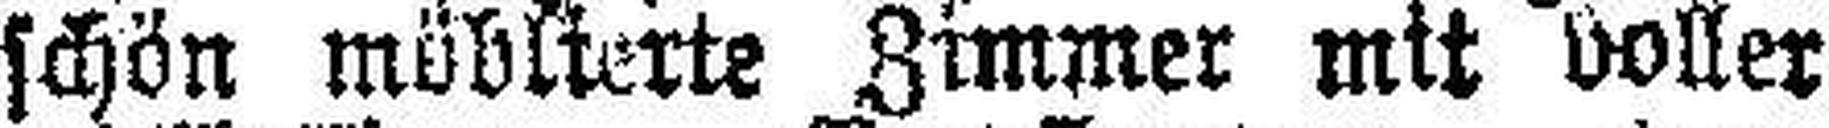
schön möblierte Zimmer mit voller